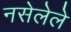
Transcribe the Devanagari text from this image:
नसेलेले